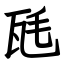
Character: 瓱